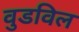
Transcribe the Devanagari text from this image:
वुडविल